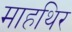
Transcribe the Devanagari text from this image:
माहथिर